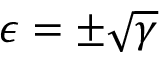
\epsilon = \pm \sqrt { \gamma }